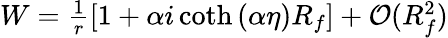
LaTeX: \begin{array}{r}{W=\frac{1}{r}\left[1+\alpha i\coth{(\alpha\eta)}R_{f}\right]+\mathcal{O}(R_{f}^{2})}\end{array}